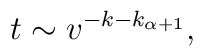
t \sim v^{-k-k_{\alpha+1}},